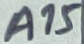
Text: A15